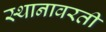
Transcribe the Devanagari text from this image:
स्थानावरती